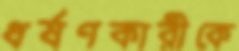
ধর্ষণকারীকে